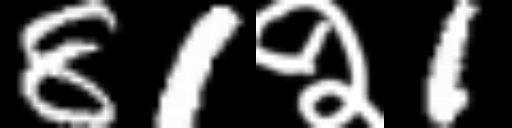
Text: 81२1